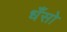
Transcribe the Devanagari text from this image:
धँसो